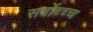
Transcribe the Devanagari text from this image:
सर्वोच्च्च